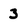
Character: 3